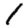
Digit: 1